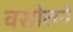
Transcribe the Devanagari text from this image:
वसोलने